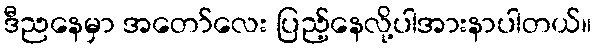
ဒီညနေမှာ အတော်လေး ပြည့်နေလို့ပါအားနာပါတယ်။